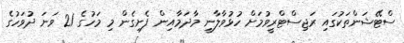
ސްޓޭޝަންތަކުގައި ރަޖިސްޓްރީވުމަށް ހުޅުވާލާނީ މާދަމާއިން ފެށިގެން މި މަހުގެ 21 ވަނަ ދުވަހުގެ